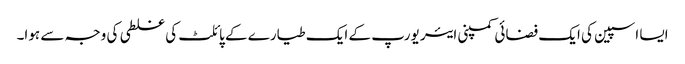
ایسا اسپین کی ایک فضائی کمپنی ایئر یورپ کے ایک طیارے کے پائلٹ کی غلطی کی وجہ سے ہوا۔